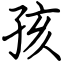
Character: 孩